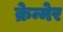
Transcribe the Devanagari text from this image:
क्रेन्मेर